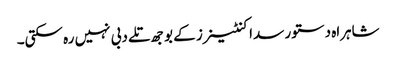
شاہراہ دستور سدا کنٹینرز کے بوجھ تلے دبی نہیں رہ سکتی۔